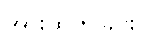
အားထုတ်ခြင်း